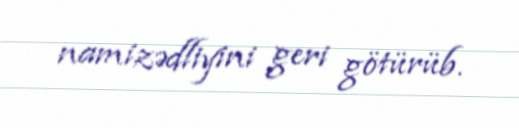
namizədliyini geri götürüb.